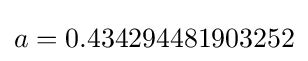
a=0.434294481903252